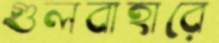
গুলবাহারে